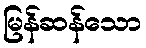
မြန်ဆန်သော